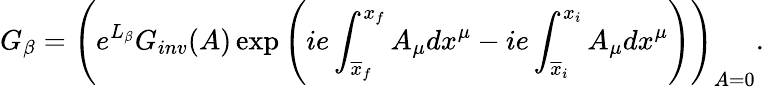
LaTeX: G_{\beta}=\left(e^{L_{\beta}}G_{inv}(A)\exp\left(ie\int_{\overline{{{x}}}_{f}}^{x_{f}}A_{\mu}dx^{\mu}-ie\int_{\overline{{{x}}}_{i}}^{x_{i}}A_{\mu}dx^{\mu}\right)\right)_{A=0}.